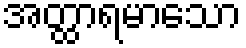
အတ္ထာရမာသော